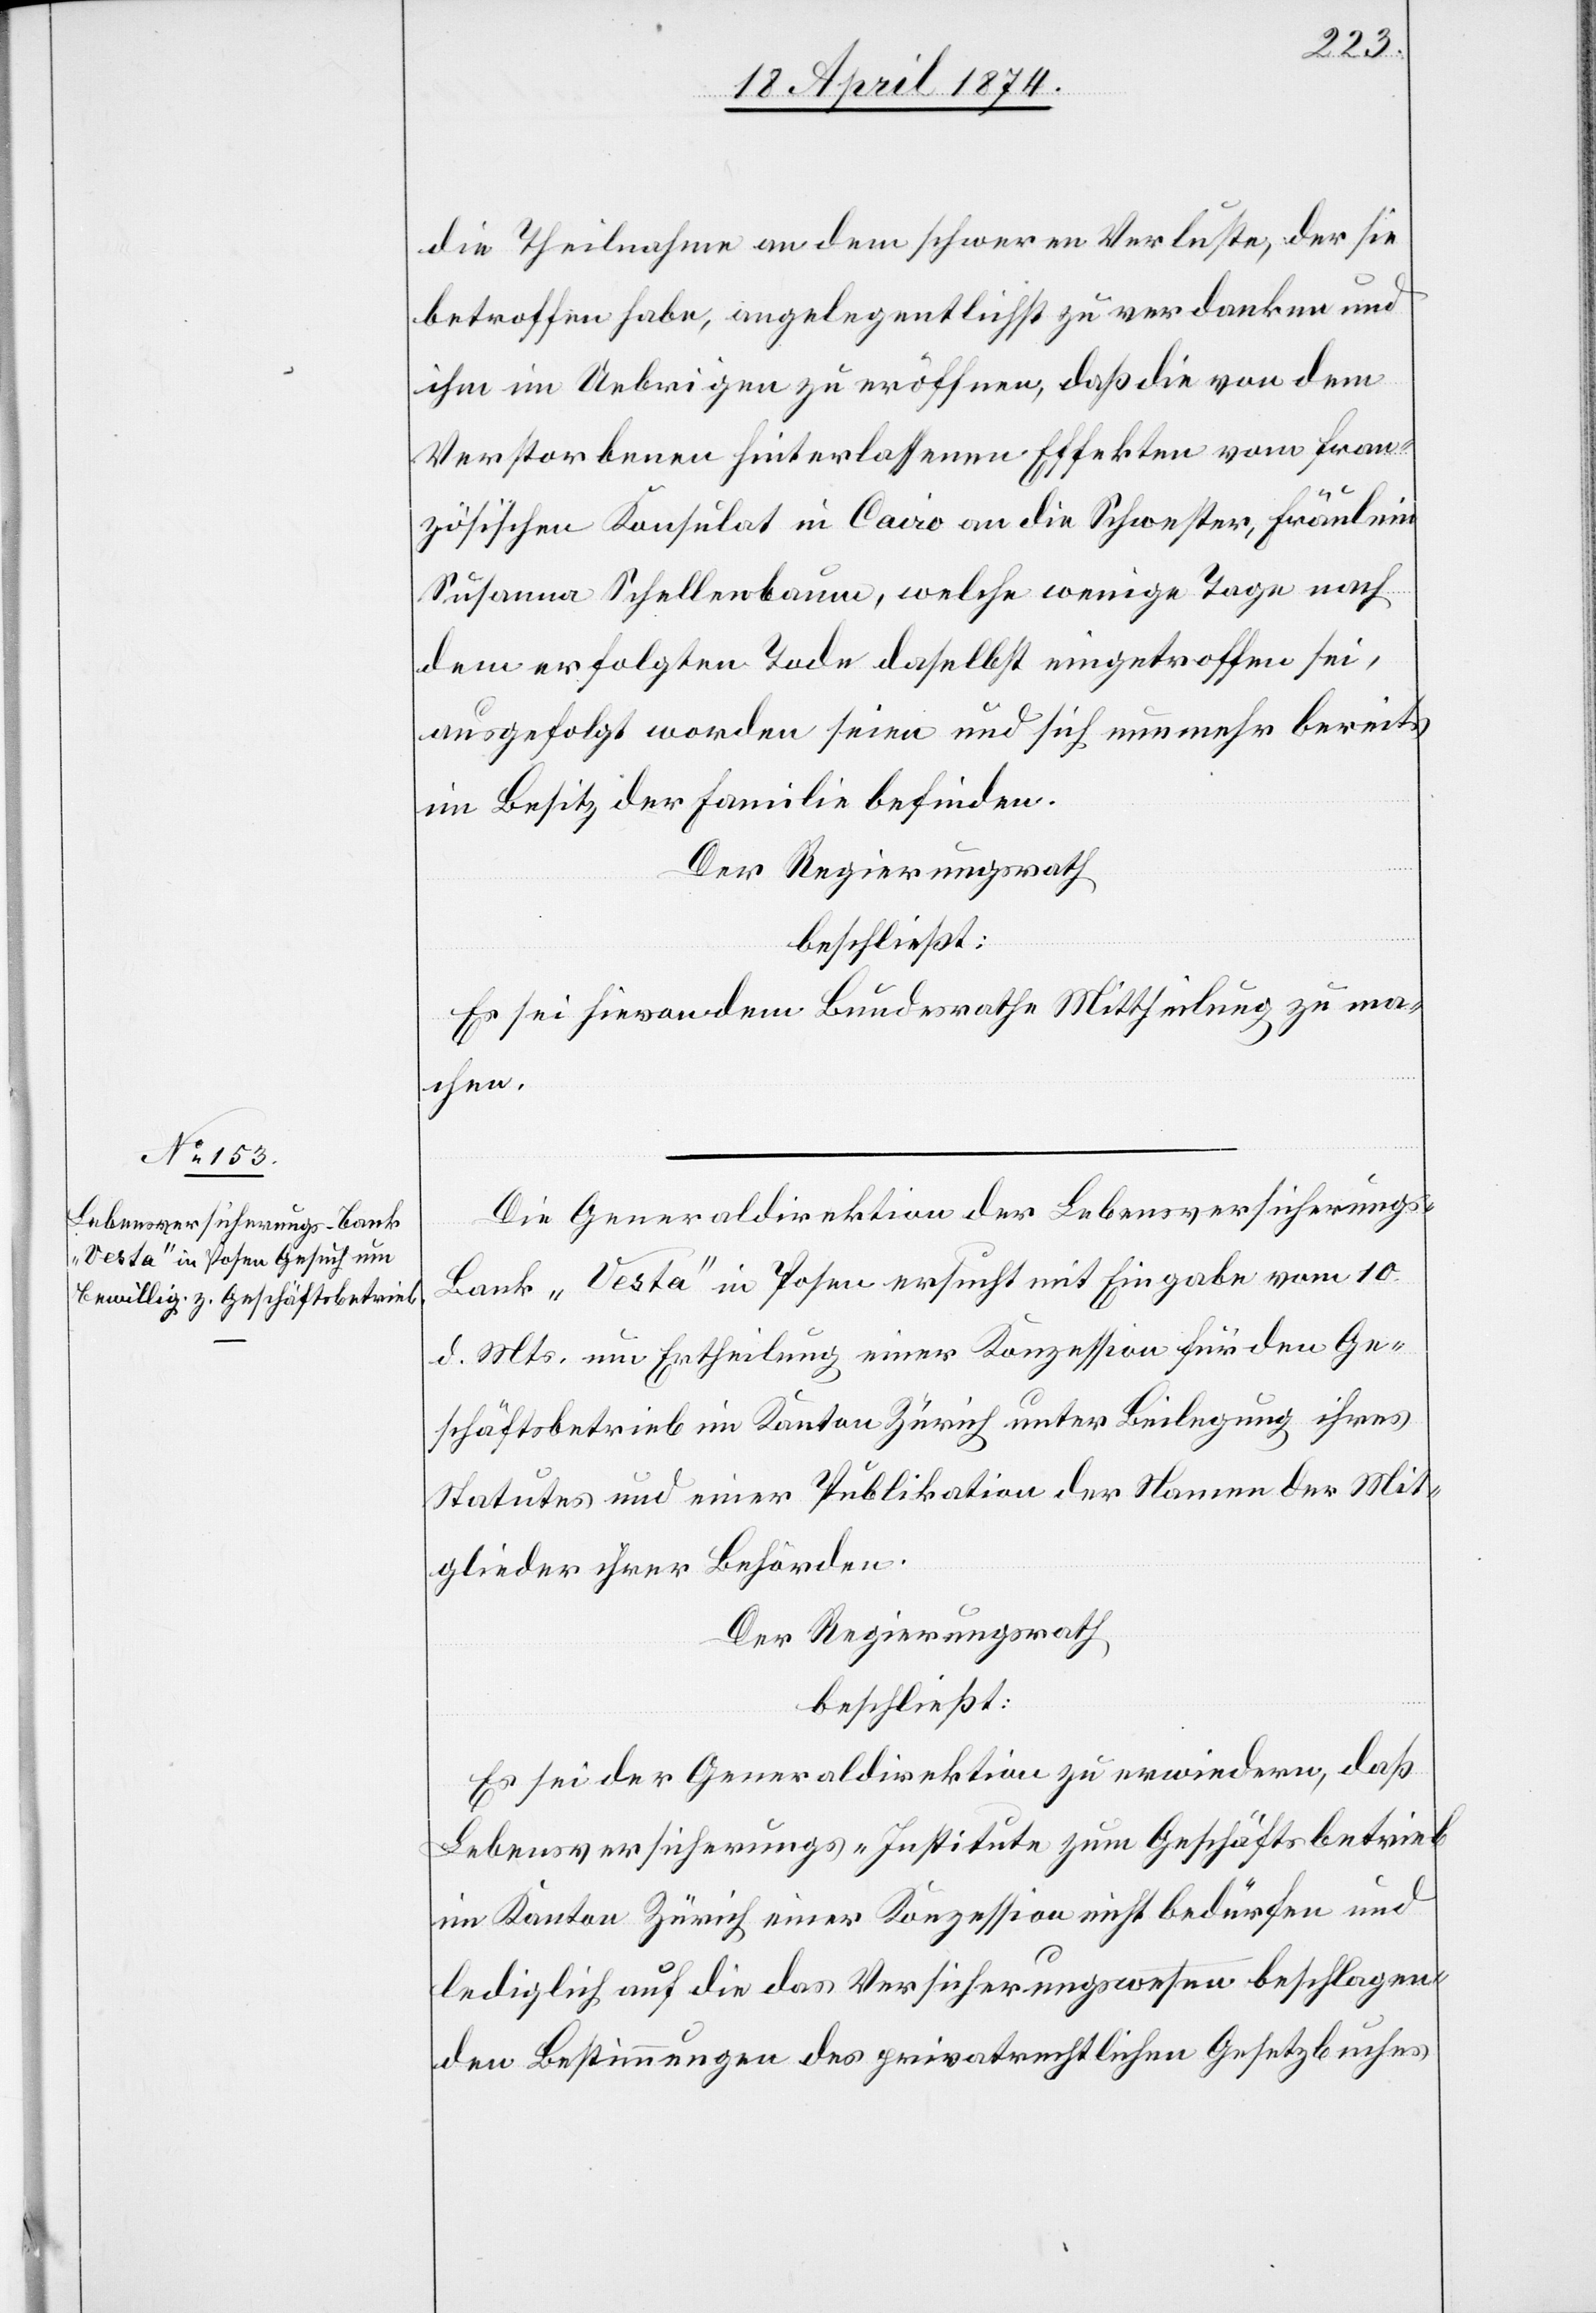
die Theilnahme an dem schweren Verluste, der sie
betroffen habe, angelegentlichst zu verdanken und
ihm im Uebrigen zu eröffnen, daß die von dem
Verstorbenen hinterlassenen Effekten vom Fran¬
zösischen Konsulat in Cairo an die Schwester, Fräulein
Susanna Schellenbaum, welche wenige Tage nach
dem erfolgten Tode daselbst eingetroffen sei,
ausgefolgt worden seien und sich nunmehr bereits
im Besitz der Familie befinden.
Der Regierungsrath
beschließt:
Es sei hievon dem Bundesrathe Mittheilung zu ma¬
chen.
Die Generaldirektion der Lebensversicherung¬
s-Bank „Vesta“ in Posen ersucht mit Eingabe vom 10.
d. Mts. um Ertheilung einer Konzession für den Ge¬
schäftsbetrieb im Kanton Zürich unter Beilegung ihres
Statutes und einer Publikation der Namen der Mit¬
glieder ihrer Behörden.
Der Regierungsrath
beschließt:
Es sei der Generaldirektion zu erwiedern, daß
Lebensversicherungs-Institute zum Geschäftsbetrieb
im Kanton Zürich einer Konzession nicht bedürfen und
lediglich auf die des Versicherungswesen beschlagen¬
den Bestimmungen des privatrechtlichen Gesetzbuches